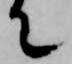
て